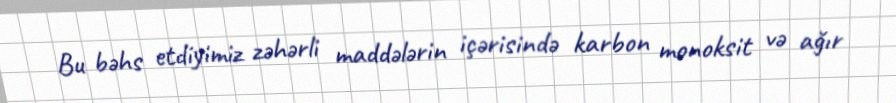
Bu bəhs etdiyimiz zəhərli maddələrin içərisində karbon monoksit və ağır